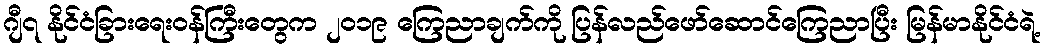
ဂျီ၇ နိုင်ငံခြားရေးဝန်ကြီးတွေက ၂၀၁၉ ကြေညာချက်ကို ပြန်လည်ဖော်ဆောင်ကြေညာပြီး မြန်မာနိုင်ငံရဲ့